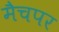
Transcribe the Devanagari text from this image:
मैचपर